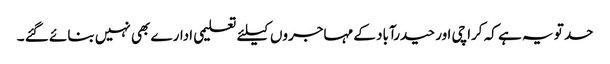
حد تو یہ ہے کہ کراچی اور حیدرآباد کے مہاجروں کیلئے تعلیمی ادارے بھی نہیں بنائے گئے ۔